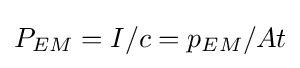
P_{EM}=I/c=p_{EM}/At\,\!